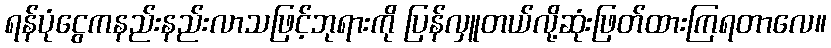
ရန်ပုံငွေကနည်းနည်းလာသဖြင့်ဘုရားကို ပြန်လှူတယ်လို့ဆုံးဖြတ်ထားကြရတာလေ။